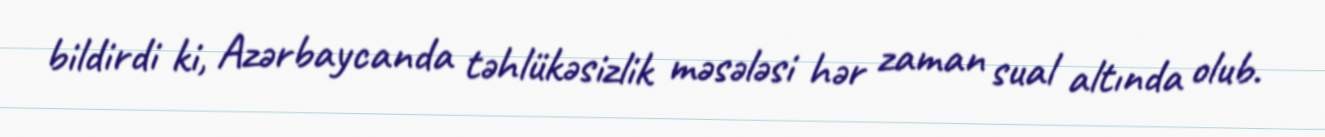
bildirdi ki, Azərbaycanda təhlükəsizlik məsələsi hər zaman sual altında olub.